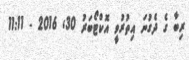
ރިބާ ގެ ދެގުނަ އިތުރުވީ އޮކްޓޯބަރު 30